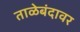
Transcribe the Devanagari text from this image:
ताळेबंदावर